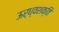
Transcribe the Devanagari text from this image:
ऊर्ध्वशक्ति